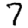
Digit: 7